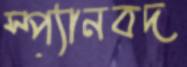
স্প্যানবদ